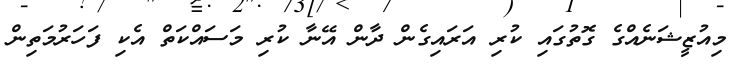
މިއުޒީޝަނެއްގެ ގޮތުގައި ކުރި އަރައިގެން ދާން އޭނާ ކުރި މަސައްކަތް އެކި ފަހަރުމަތިން